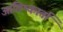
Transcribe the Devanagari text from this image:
आविष्कार्ता